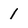
Character: 1